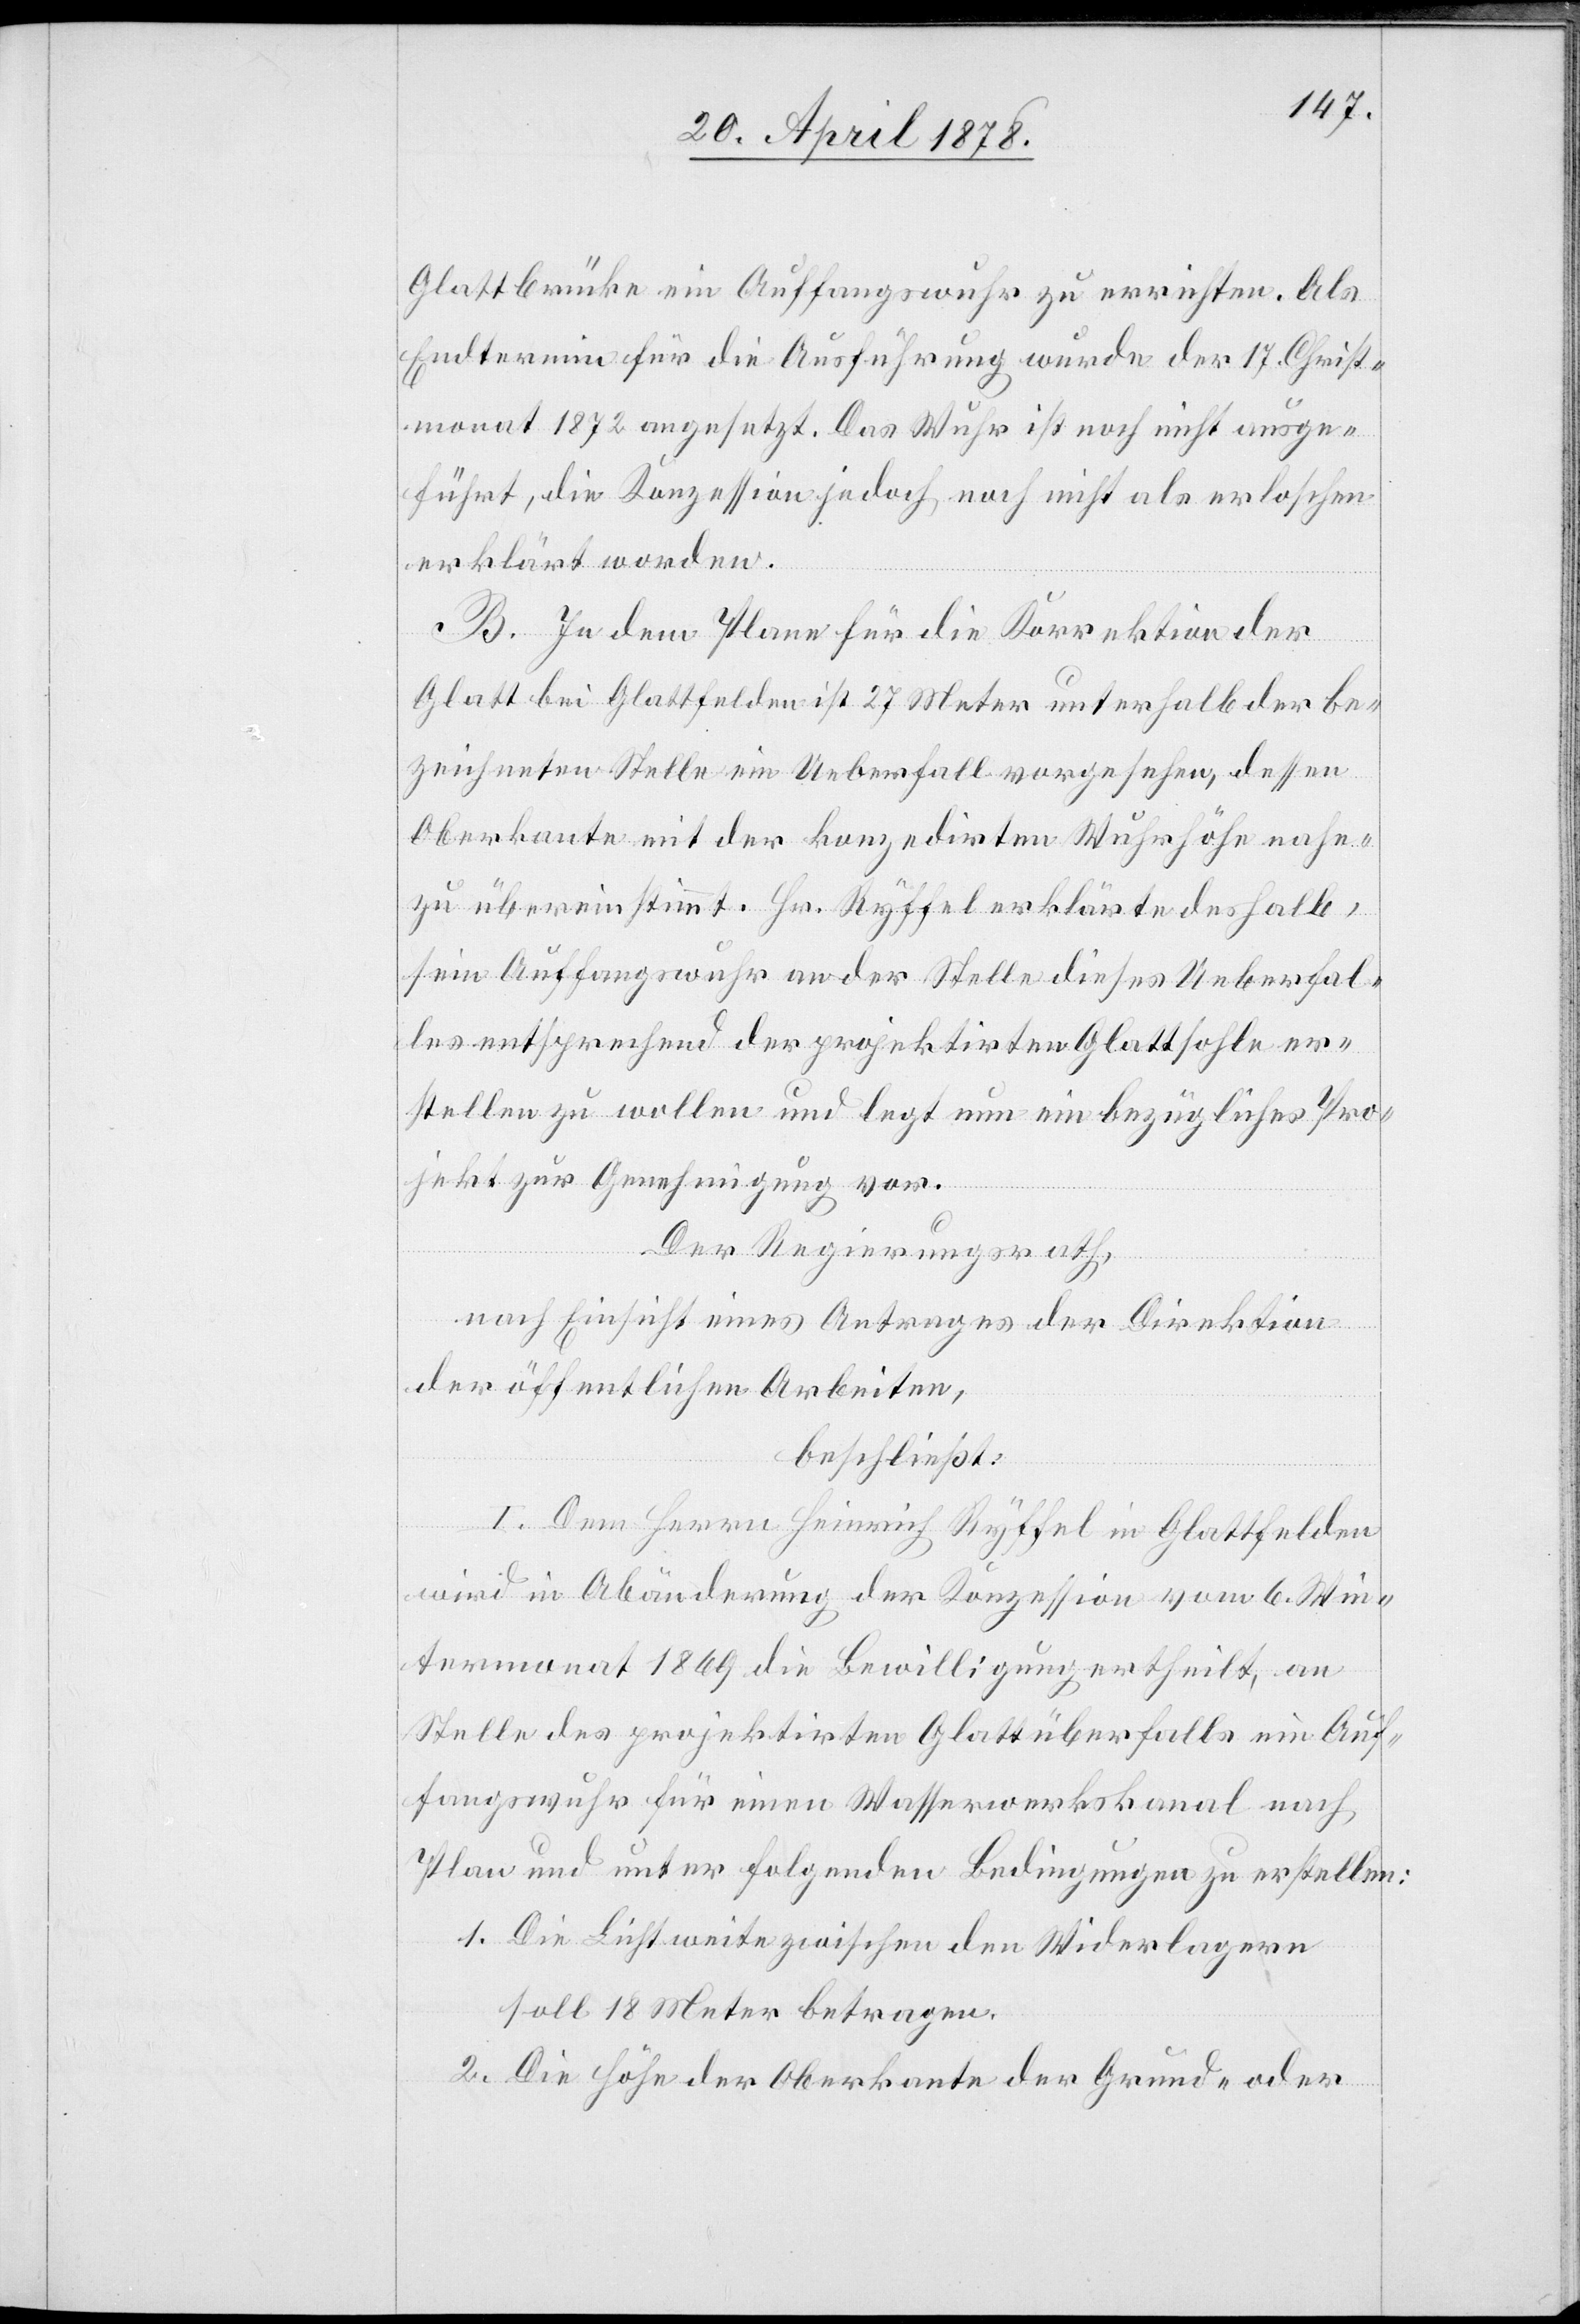
Glattbrücke ein Auffangswuhr zu errichten. Als
Endtermin für die Ausführung wurde der 17. Christ¬
monat 1872 angesetzt. Das Wuhr ist noch nicht ausge¬
führt, die Konzession jedoch noch nicht als erloschen
erklärt worden.
B. In dem Plane für die Korrektion der
Glatt bei Glattfelden ist 27 Meter unterhalb der be¬
zeichneten Stelle ein Ueberfall vorgesehen, dessen
Oberkante mit der konzedirten Wuhrhöhe nahe¬
zu übereinstimmt. Hr. Ryffel erklärte deshalb,
sein Auffangswuhr an der Stelle dieses Ueberfal¬
les entsprechend der projektirten Glattsohle er¬
stellen zu wollen und legt nun ein bezügliches Pro¬
jekt zur Genehmigung vor.
Der Regierungsrath,
nach Einsicht eines Antrages der Direktion
der öffentlichen Arbeiten,
beschließt:
I. Dem Herrn Heinrich Ryffel in Glattfelden
wird in Abänderung der Konzession vom 6. Win¬
termonat 1869 die Bewilligung ertheilt, an
Stelle des projektirten Glattüberfalls ein Auf¬
fangswuhr für einen Wasserwerkskanal nach
Plan und unter folgenden Bedingungen zu erstellen:
1. Die Lichtweite zwischen den Widerlagern
soll 18 Meter betragen.
2. Die Höhe der Oberkante der Grund- oder